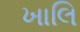
ખાલિ